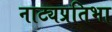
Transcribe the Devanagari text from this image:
नाट्यप्रतिभा